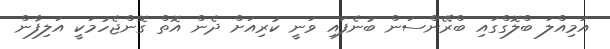
އަމިއްލަ ބްލޮގްގައި ބްރޭންސަން ބުނެފައި ވަނީ ކުރިއަށް ދެން އޮތް ގޮންޖެހުމަކީ އަލިފާން